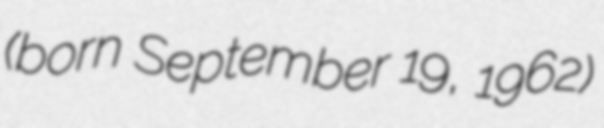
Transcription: (born September 19, 1962)